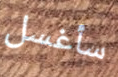
سأغسل